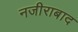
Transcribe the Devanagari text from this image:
नजीराबाद